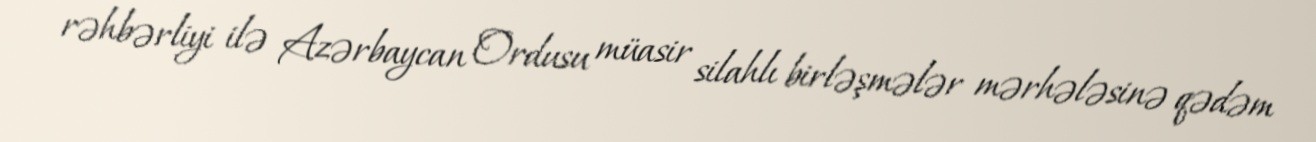
rəhbərliyi ilə Azərbaycan Ordusu müasir silahlı birləşmələr mərhələsinə qədəm